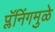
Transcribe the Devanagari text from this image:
प्लॅनिंगमुळे